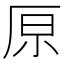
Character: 𠩤